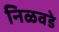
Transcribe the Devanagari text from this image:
निळवडे